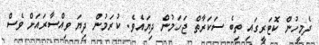
ދެމީހުން ކޮޓަރީގައި ތިބެ ސަކަރާތް ޖަހަމުން ދިޔައެވެ. ކުރަމުން ދިޔަ ވިއްސާރައަށް ވެސް